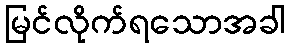
မြင်လိုက်ရသောအခါ